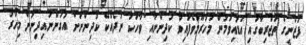
ފަޒްނީގެ ތަޖްރިބާގައި އަޑުއިވުމުން މަހުރޫމުވެފައިވާ ކުދިންނާއި ވާހަކަ ނުދެއްކޭ ކުދިންނަށް އުގަންނައިދިނުން މިހާރު